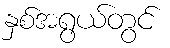
နှစ်အရွယ်တွင်